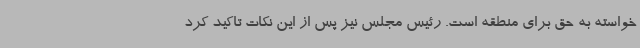
خواسته به حق برای منطقه است. رئیس مجلس نیز پس از این نکات تاکید کرد